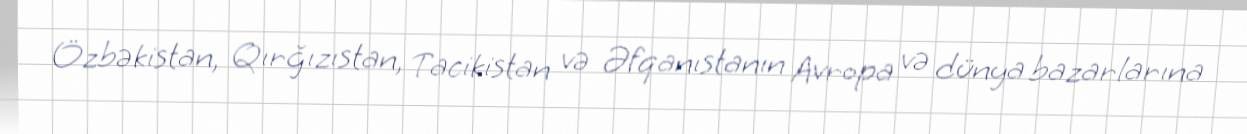
Özbəkistan, Qırğızıstan, Tacikistan və Əfqanıstanın Avropa və dünya bazarlarına